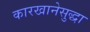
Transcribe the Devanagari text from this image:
कारखानेसुद्धा